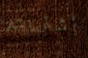
أشتريته